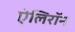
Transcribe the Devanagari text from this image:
ऐलिरॉन